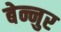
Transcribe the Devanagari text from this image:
बेन्नुर